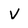
Character: v